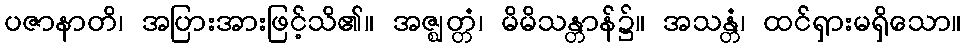
ပဇာနာတိ၊ အပြားအားဖြင့်သိ၏။ အဇ္ဈတ္တံ၊ မိမိသန္တာန်၌။ အသန္တံ၊ ထင်ရှားမရှိသော။